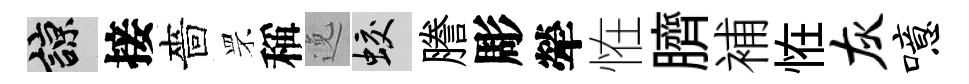
諒接嗇罘稱𨓜蛟謄彫犖恠臍補恠灰噫